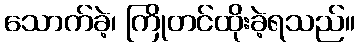
သောက်ခဲ့၊ ကြိုတင်ထိုးခဲ့ရသည်။